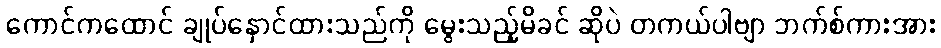
ကောင်ကထောင် ချုပ်နှောင်ထားသည်ကို မွေးသည့်မိခင် ဆိုပဲ တကယ်ပါဗျာ ဘက်စ်ကားအား